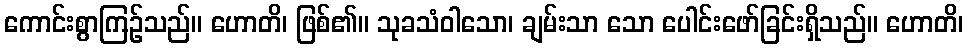
ကောင်းစွာကြဉ်သည်။ ဟောတိ၊ ဖြစ်၏။ သုခသံဝါသော၊ ချမ်းသာ သော ပေါင်းဖော်ခြင်းရှိသည်။ ဟောတိ၊